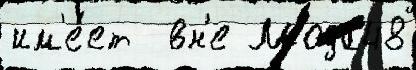
им'е́ет  вн'е Мода48